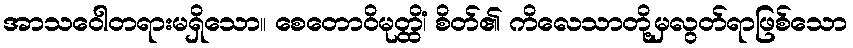
အာသဝေါတရားမရှိသော။ စေတောဝိမုတ္ထိံ၊ စိတ်၏ ကိလေသာတို့မှလွတ်ရာဖြစ်သော